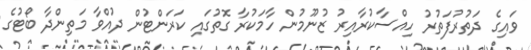
ވައިގެ ދަތުރުފަތުރު ހިއްސާކުރާއިރު ޒުނޫމުން ހާމަކުރާ ގޮތުގައި ކަރަންޓުން ދުއްވާ މަތިންދާ ބޯޓުގެ